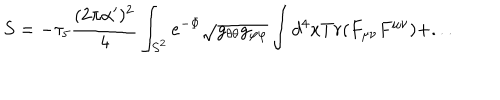
LaTeX: S = - \tau _ { 5 } { \frac { ( 2 \pi \alpha ^ { \prime } ) ^ { 2 } } { 4 } } \int _ { S ^ { 2 } } e ^ { - \Phi } \sqrt { g _ { \theta \theta } g _ { \varphi \varphi } } \int d ^ { 4 } x T r ( F _ { \mu \nu } F ^ { \mu \nu } ) + . . .